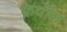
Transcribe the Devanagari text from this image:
फ्रेयॉल